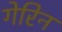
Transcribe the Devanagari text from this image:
गेरिन